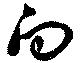
向